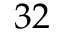
3 2